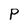
Character: P